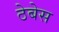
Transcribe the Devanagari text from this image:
ठेबेस